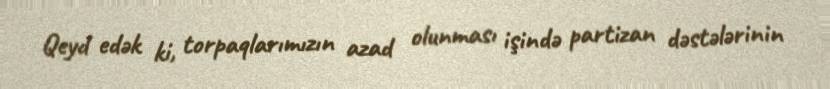
Qeyd edək ki, torpaqlarımızın azad olunması işində partizan dəstələrinin